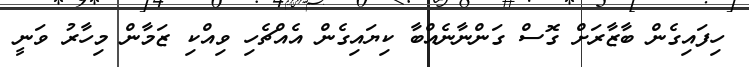
ހިފައިގެން ބާޒާރަށް ގޮސް ގަންނާނެއްބާ ކިޔައިގެން އެއްޗެހި ވިއްކި ޒަމާން މިހާރު ވަނީ